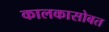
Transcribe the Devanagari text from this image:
कालकासोबत